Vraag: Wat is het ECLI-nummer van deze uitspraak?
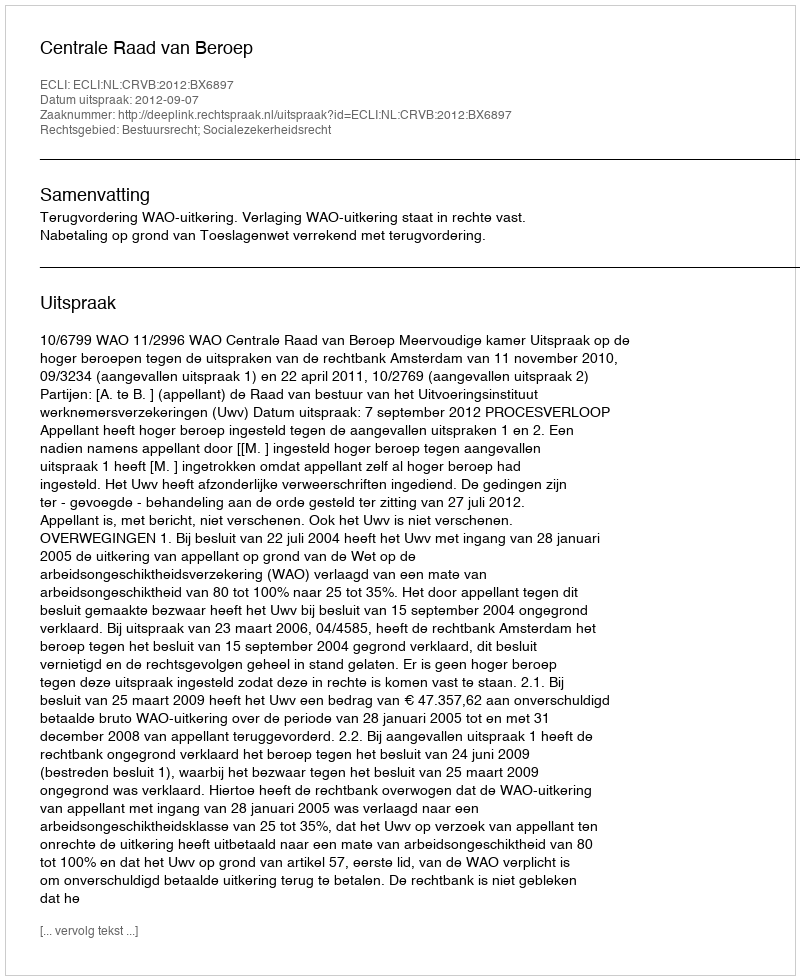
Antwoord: ECLI:NL:CRVB:2012:BX6897